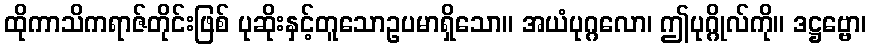
ထိုကာသိကရာဇ်တိုင်းဖြစ် ပုဆိုးနှင့်တူသောဥပမာရှိသော။ အယံပုဂ္ဂလော၊ ဤပုဂ္ဂိုလ်ကို။ ဒဋ္ဌဗ္ဗော၊